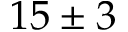
1 5 \pm 3